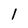
Character: 1